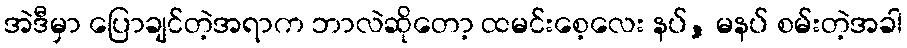
အဲဒီမှာ ပြောချင်တဲ့အရာက ဘာလဲဆိုတော့ ထမင်းစေ့လေး နပ်, မနပ် စမ်းတဲ့အခါ